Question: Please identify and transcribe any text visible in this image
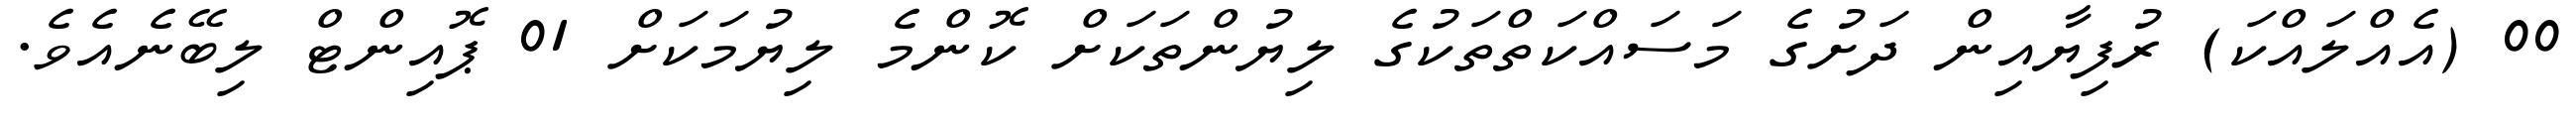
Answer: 00 (އެއްލައްކަ) ރުފިޔާއިން ދަށުގެ މަސައްކަތްތަކުގެ ލިޔުންތަކަށް ކޮންމެ ލިޔުމަކަށް 01 ޕޮއިންޓް ލިބޭނެއެވެ.